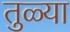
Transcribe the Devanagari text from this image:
तुळ्या